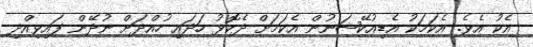
އެކު އެެވެ. އެކަމަކު އެޑިއުކޭޝަނުން އެކަމަށް ދެކޮޅު ހަދައި ހުއްދަށް ނުދޭން ފައިވިއްދި